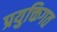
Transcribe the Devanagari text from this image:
प्रयुक्तिगत